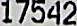
17542